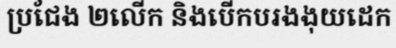
ប្រជែង ២លើក និងបើកបរងងុយដេក